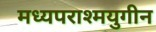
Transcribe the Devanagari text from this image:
मध्यपराश्मयुगीन